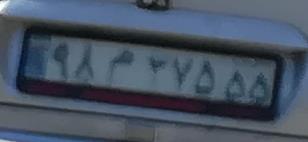
۹۸م۲۷۵۵۵